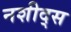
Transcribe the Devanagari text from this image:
नशीद्स